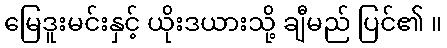
မြေဒူးမင်းနှင့် ယိုးဒယားသို့ ချီမည် ပြင်၏ ။